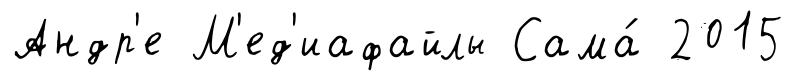
Андр'е М'ед'иафайлы Сама́ 2015